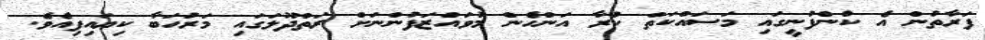
ފަރާތުން އެ ކުންފުނީގައި މަސައްކަތް ކުރާ އަންހެން މުވައްޒަފުންނަށް ރަތްދޫލަގައި މަރުހަބާ ކިޔައިފިއެވެ.